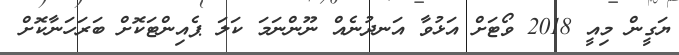
ޔަގީން މިއީ 2018 ވޯޓަށް އަޅުވާ އަނދުނެއް ނޫންނަމަ ކަލަ ޕެއިންޓަކޮށް ބަރަހަނާކޮށް